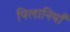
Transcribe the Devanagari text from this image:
पिलानियाँ